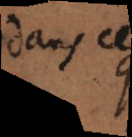
dans les